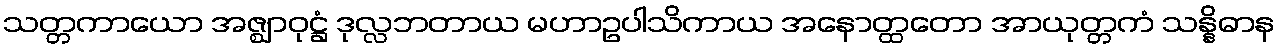
သတ္တကာယော အဇ္ဈာဝုဋ္ဌံ ဒုလ္လဘတာယ မဟာဥပါသိကာယ အနောတ္ထတော အာယုတ္တကံ သန္နိဓာန